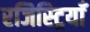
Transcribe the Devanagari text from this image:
रजिस्ट्रियाँ